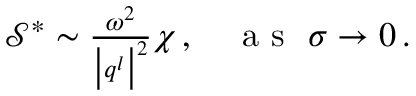
\begin{array} { r } { \mathcal { S } ^ { * } \sim \frac { \omega ^ { 2 } } { \big \vert \boldsymbol { q } ^ { l } \big \vert ^ { 2 } } \chi \, , ~ ~ ~ \mathrm { ~ a ~ s ~ } ~ \sigma \rightarrow 0 \, . } \end{array}